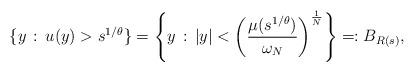
LaTeX: \begin{align*}\{y\, :\, u(y)>s^{1/\theta}\}=\left\{y\, :\, |y|<\left(\frac{\mu(s^{1/\theta})}{\omega_N}\right)^\frac{1}{N}\right\}=:B_{R(s)},\end{align*}